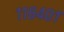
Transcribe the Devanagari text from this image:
११८४०१